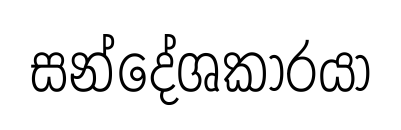
සන්දේශකාරයා